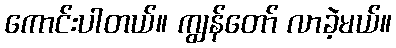
ကောင်းပါတယ်။ ကျွန်တော် လာခဲ့မယ်။